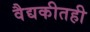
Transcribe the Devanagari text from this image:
वैद्यकीतही